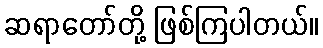
ဆရာတော်တို့ ဖြစ်ကြပါတယ်။